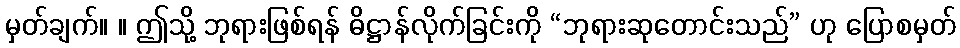
မှတ်ချက်။ ။ ဤသို့ ဘုရားဖြစ်ရန် ဓိဋ္ဌာန်လိုက်ခြင်းကို “ဘုရားဆုတောင်းသည်” ဟု ပြောစမှတ်